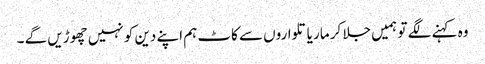
وہ کہنے لگے تو ہمیں جلا کر مار یا تلواروں سے کاٹ ہم اپنے دین کو نہیں چھوڑیں گے ۔